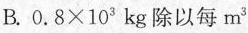
B.$$0 . 8 × 1 0 ^ { 3 }$$kg除以每m^{3}